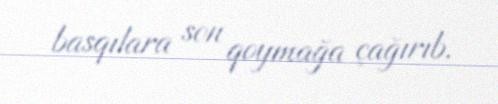
basqılara son qoymağa çağırıb.